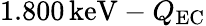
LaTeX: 1.800\, \mathrm{keV}-Q_{\mathrm{EC}}